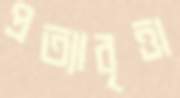
প্রত্যাবৃত্তা